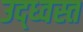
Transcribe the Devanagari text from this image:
उद्‌ध्‍वस्त